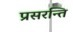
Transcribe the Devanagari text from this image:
प्रसरन्ति